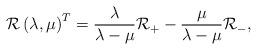
LaTeX: \begin{align*}{\cal R}\left( \lambda ,\mu \right) ^T=\frac \lambda {\lambda-\mu }{\cal R}_{+}-\frac \mu {\lambda -\mu }{\cal R}_{-},\end{align*}